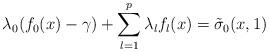
LaTeX: \begin{align*}\lambda_0(f_0(x)-\gamma) +\sum_{l=1}^p \lambda_lf_l(x)=\tilde{\sigma}_0(x,1)\end{align*}